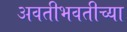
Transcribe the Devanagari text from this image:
अवतीभवतीच्या